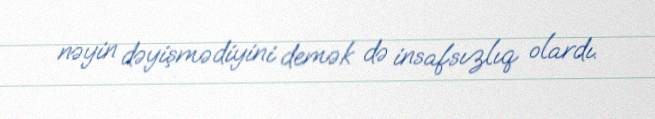
nəyin dəyişmədiyini demək də insafsızlıq olardı.